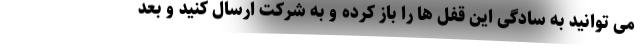
می توانید به سادگی این قفل ها را باز کرده و به شرکت ارسال کنید و بعد